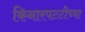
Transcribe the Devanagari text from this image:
किनारपटटीच्या